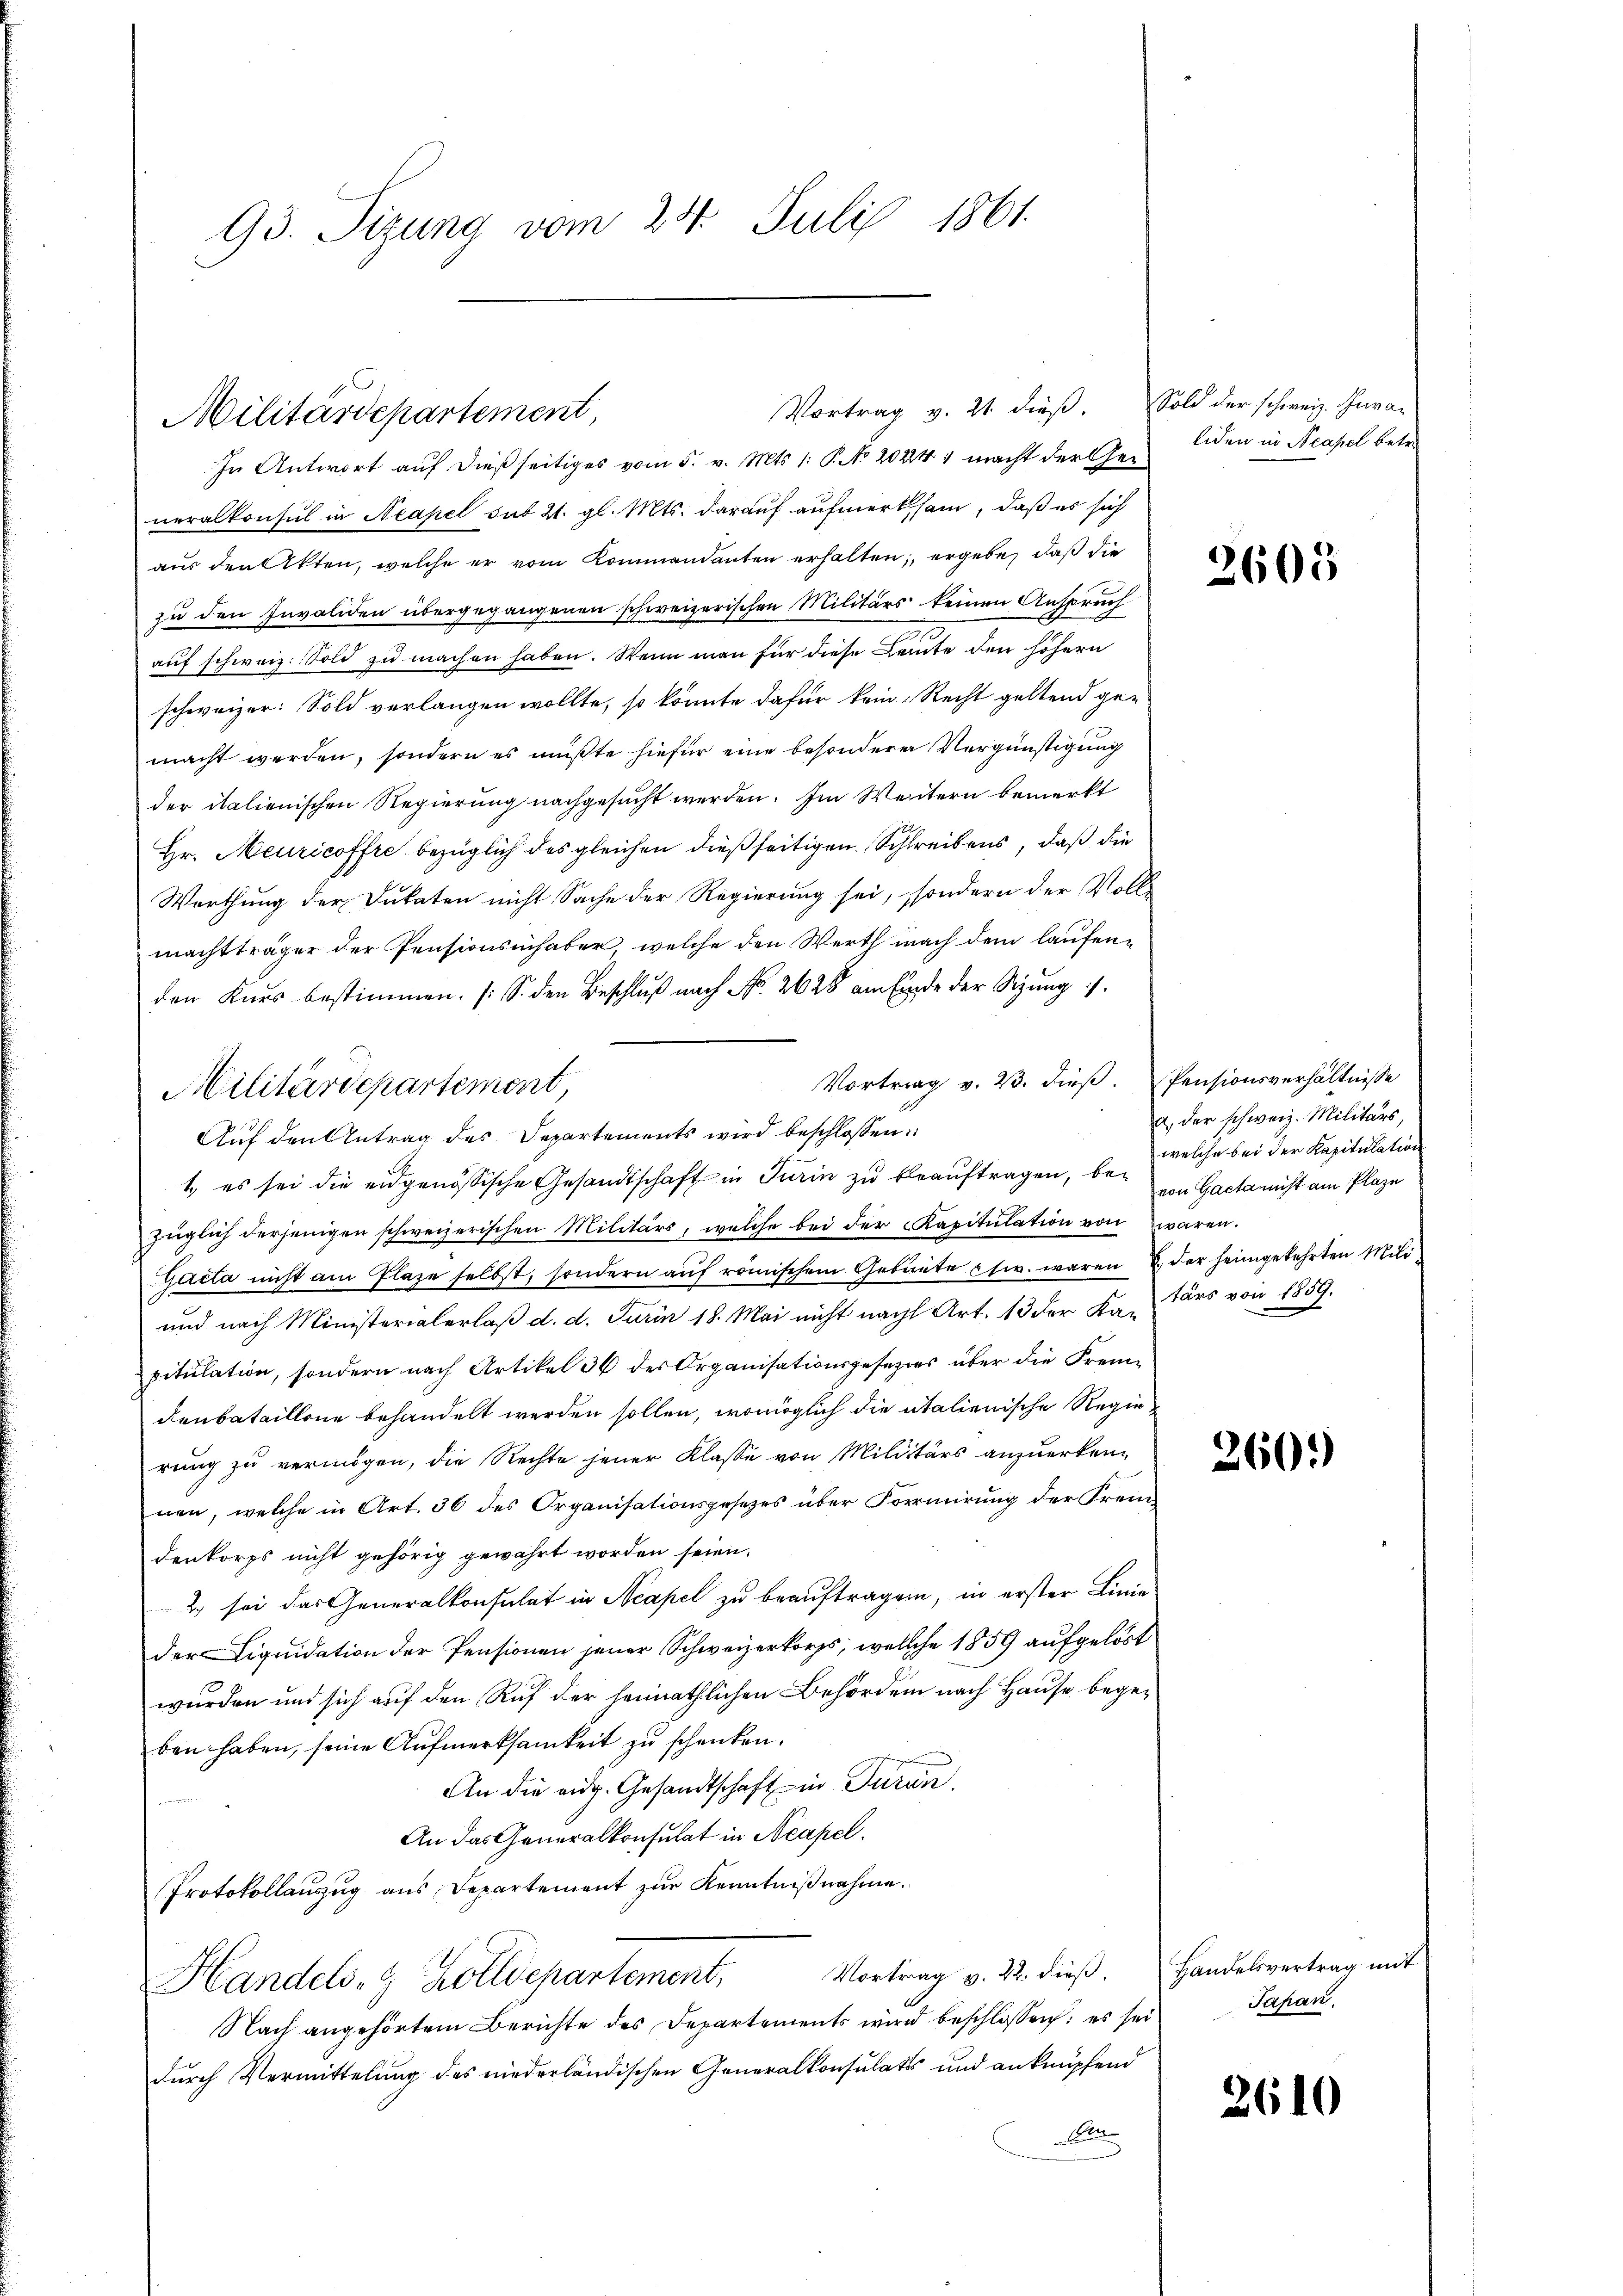
Militärdepartement,

93. Sizung vom 24. Juli 1861.

Militärdepartement
Auf den Antrag des Departements wird beschlossen:

Vortrag v. 21. dieß. Sold der schweiz. Jura-

In Antwort auf dießseitiges vom 5. v. Mts. 1. P. No 202241 macht der Generalkonsul in Neapel sub 21. gl. Mts. darauf aufmerksam, daß es sich
aus den Akten, welche er vom Kommandanten erhalten, ergebe, daß die
zu den Invaliden übergegangenen schweizerischen Militärs keinen Anspruch
auf schweiz. Sold zu machen haben. Wenn man für diese Leute den höhern
schweizer: Sold verlangen wollte, so könnte dafür kein Recht geltend ge-
macht werden, sondern es müßte hiefür eine besonderer Vergünstigung
der italienischen Regierung nachgesucht werden. Im Weitern bemerkt
Hr. Meuricoffre bezüglich des gleichen dießseitigen Schreibens, daß die
Werthung der Dukaten nicht Sache der Regierung sei, sondern der Vollmachtträger der Pensionsinhaber, welche den Werth nach dem laufenden Kurs bestimmen. [S. den Beschluß nach No. 2628 am Ende der Sitzung
Vortrag v. 23. dieß. Pensionsverhältnisse
t, es sei die eidgenössische Gesandtschaft in Turin zu beauftragen, bei im Gacta nicht am Plaze
züglich derjenigen schweizerischen Militärs, welche bei der Kapitulation von waren.
Gacta nicht am Plaze selbst, sondern auf römischen Gebiete etc. waren u. der heimgekehrten Mili¬
und nach Ministerialerlaß d. d. Juris 18. Mai nicht nach Art. 13 der Ka-Färs von 1859.
pitulation, sondern nach Artikel 36 des Organisationsgesezes über die Freun-
denbataillone behandelt werden sollen, womöglich die italienische Regierung zu vermögen, die Rechte jener Klasse von Militärs anzuerkennen, welche in Art. 36 des Organisationsgesezes über Formirung der Fremdenkorps nicht gehörig gewährt worden seien.
2) sei das Generalkonsulat in Neapel zu beauftragen, in erster Linie
der Liquidation der Pensionen jener Schweizerkorps, welche 1859 aufgelöst
wurden und sich auf den Ruf der heimathlichen Behörden nach Hause begeben haben, seine Aufmerksamkeit zu schenken.
An die eidg. Gesandtschaft in Turin.
An das Generalkonsulat in Neapel.
Protokollauszug aus Departement zur Kenntnißnahme.
Handels- & Zolldepartement, Vortrag v. 22. dieß.
Nach angehörtem Berichte des Departements wird beschlossen: es sei
durch Vermittelung des niederländischen Generalkonsulats und anknüpfend
Billen

liden in Neapel betr.

2605

a. der schweiz. Militärs,
welche bei der Kapitulation

260.

Handelsvertrag mit
Japan.

2610